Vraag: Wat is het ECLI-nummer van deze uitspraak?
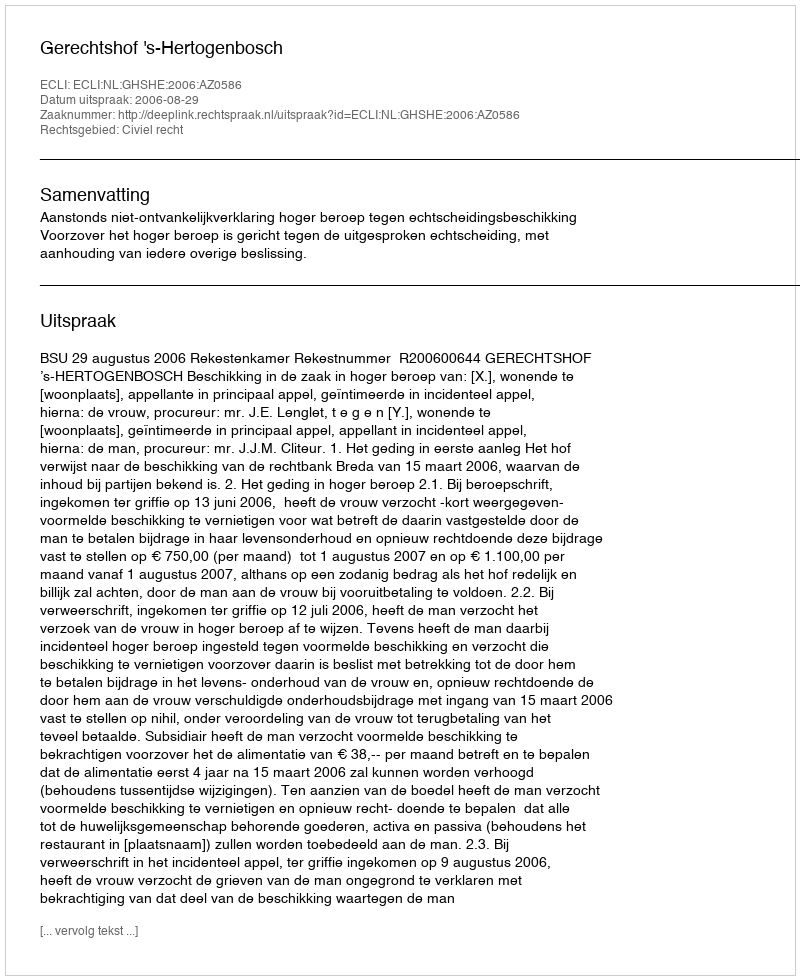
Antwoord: ECLI:NL:GHSHE:2006:AZ0586